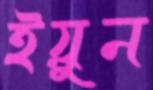
ইয়ুন